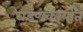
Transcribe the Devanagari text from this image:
घडणकार्यांत